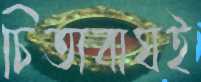
চিতাবাঘই